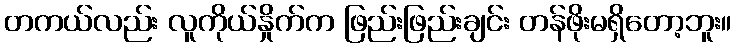
တကယ်လည်း လူကိုယ်နှိုက်က ဖြည်းဖြည်းချင်း တန်ဖိုးမရှိတော့ဘူး။